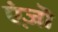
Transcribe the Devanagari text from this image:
एंज़ॊ